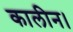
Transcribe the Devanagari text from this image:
कालीन।